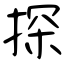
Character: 探